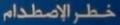
خطرالاصطدام